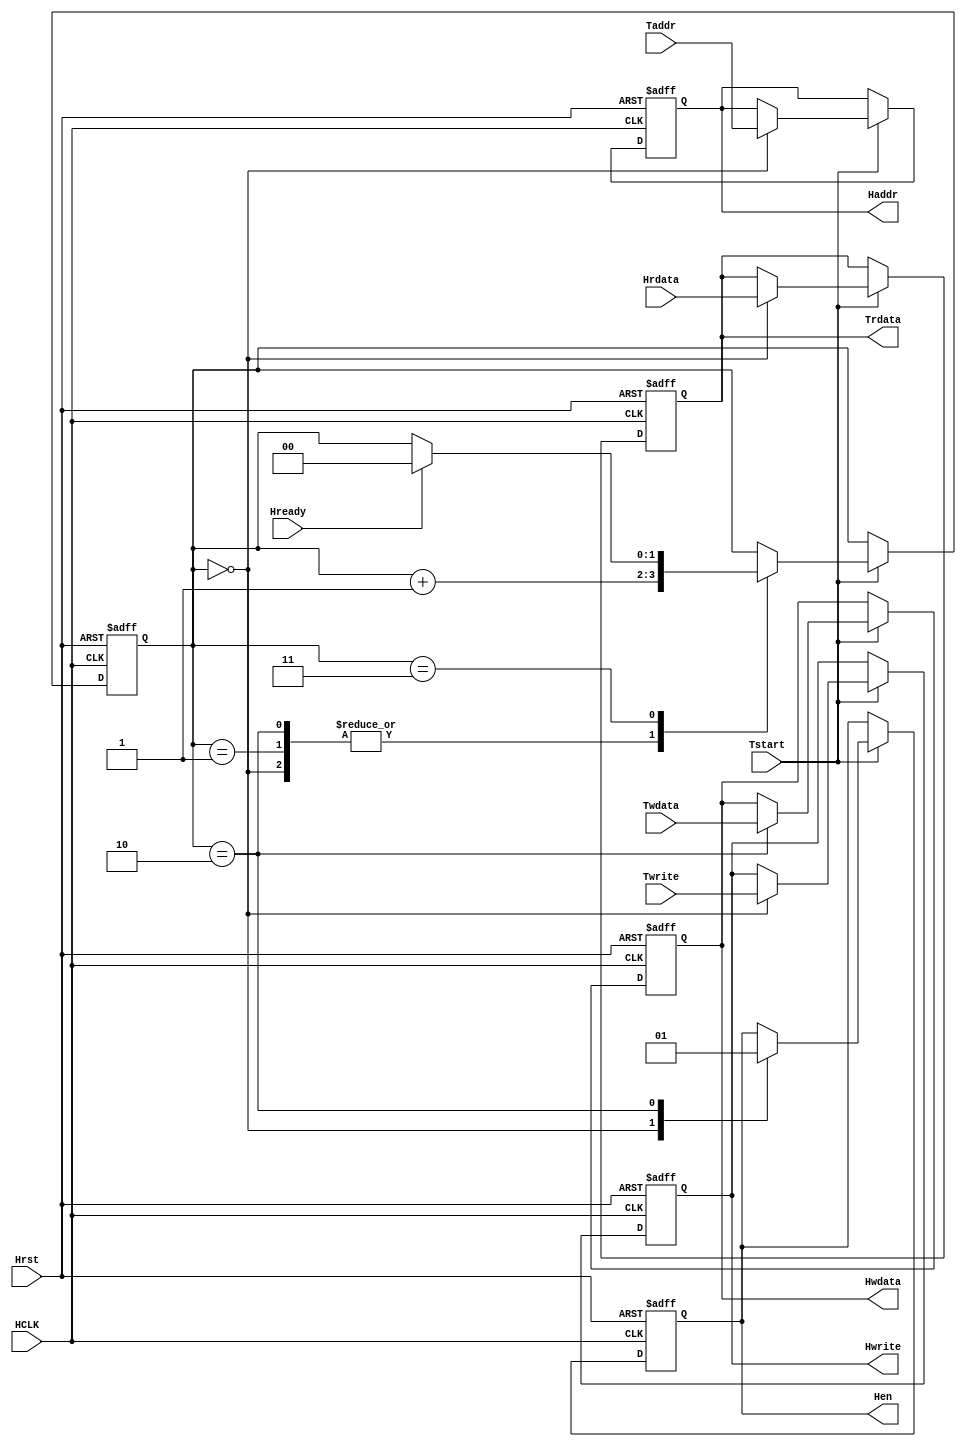
//-----------------------------------------------------------------------------------------------
//  Copyright    : 
//  File Name    : AHB_Master
//  Create       : 2020.12.13
//  Revise       : 2021.12.20
//  Description  : 
//-----------------------------------------------------------------------------------------------

module AHB_Master (Twrite,Taddr,Twdata,Tstart,Trdata,Hready,Hrst,HCLK,Hrdata,Haddr,Hwrite,Hwdata,Hen);
/* Test */
input               Tstart;          //
input               Twrite;
input      [31:0]   Taddr;
input      [31:0]   Twdata;
output reg [31:0]   Trdata;

/* AHB */
input               Hready;          //10
input               Hrst;            //Reset,0
input               HCLK;            //
input      [31:0]   Hrdata;          //
output reg          Hen;             //
output reg          Hwrite;          //10 
output reg [31:0]   Hwdata;          //
output reg [31:0]   Haddr;           //

reg        [1:0]    AHB_rsp;         //,0010

always @(posedge HCLK or negedge Hrst) begin
    if (!Hrst) begin
        Haddr   <= 32'h0000_0000;
        Hwrite  <= 1'b0;
        Hwdata  <= 32'h0000_0000;
        Trdata  <= 32'h0000_0000;
        Hen     <= 1'b0;
        AHB_rsp <= 2'b00; 
    end
    else begin
        if (Tstart) begin    
            case (AHB_rsp)
                2'b00: begin
                    Haddr   <= Taddr;
                    Hwrite  <= Twrite;
                    AHB_rsp <= AHB_rsp + 1;
                    Hen     <= 1'b0;
                    Trdata  <= Hrdata; 
                end
                2'b01: begin
                    AHB_rsp <= AHB_rsp + 1;
                end
                2'b10: begin
                    Hwdata  <= Twdata;
                    Hen     <= 1'b1;
                    AHB_rsp <= AHB_rsp + 1;
                end
                2'b11: begin
                    if (Hready) AHB_rsp <= 2'b0;
                end
                default: AHB_rsp <= 2'b0;
            endcase
        end
    end
end

endmodule